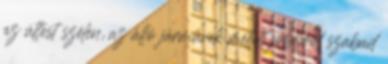
az úttest szélén, az álló járművek mellett jobbról szabad